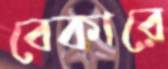
বেকারে